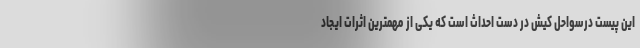
این پیست درسواحل کیش در دست احداث است که یکی از مهمترین اثرات ایجاد